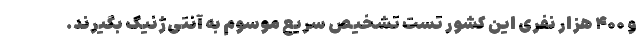
و ۴۰۰ هزار نفری این کشور تست تشخیص سریع موسوم به آنتی‌ژنیک بگیرند.